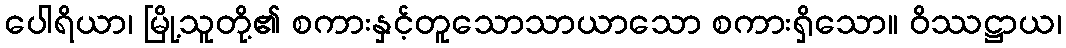
ပေါရိယာ၊ မြို့သူတို့၏ စကားနှင့်တူသောသာယာသော စကားရှိသော။ ဝိဿဋ္ဌာယ၊